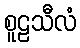
စူဠသီလံ